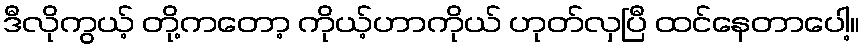
ဒီလိုကွယ့် တို့ကတော့ ကိုယ့်ဟာကိုယ် ဟုတ်လှပြီ ထင်နေတာပေါ့။